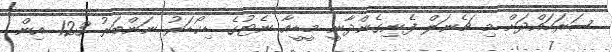
ސަރަހައްދަށް މި ޗެނަލް ފެނިގެންދާނީ މީޑީއާ ނެޓުގެ ޑިކޯޑަރު ނަންބަރު 123 އިން